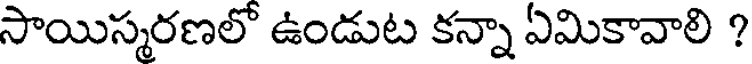
సాయిస్మరణలో ఉండుట కన్నా ఏమికావాలి ?